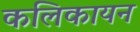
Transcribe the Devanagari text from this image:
कलिकायन